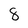
Character: 8